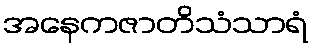
အနေကဇာတိသံသာရံ